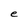
Character: e